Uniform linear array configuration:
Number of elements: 4
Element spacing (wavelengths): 1
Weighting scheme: hamming
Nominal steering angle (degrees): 60
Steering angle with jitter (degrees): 59.174
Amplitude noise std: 0.05
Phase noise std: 0.05

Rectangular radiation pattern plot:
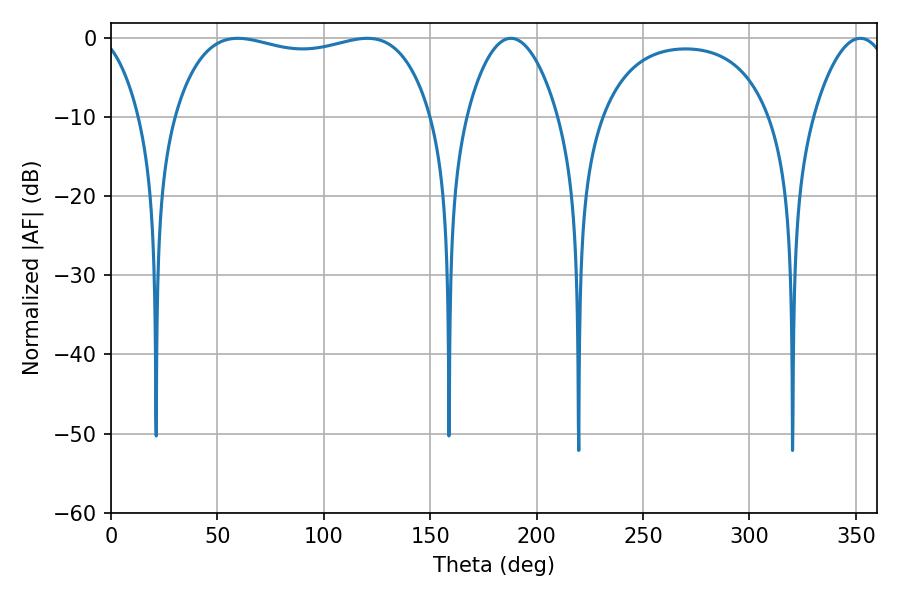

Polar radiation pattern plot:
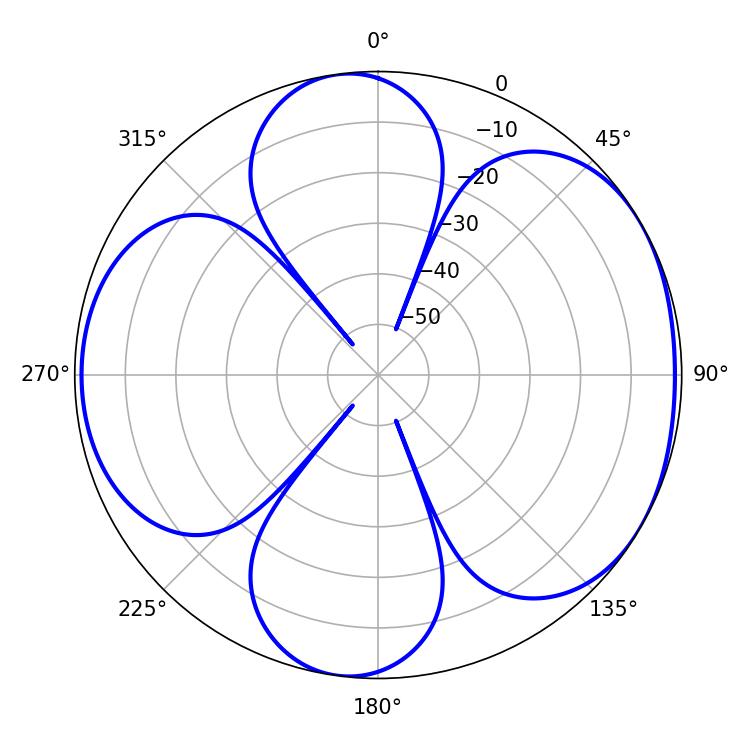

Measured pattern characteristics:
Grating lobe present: TRUE
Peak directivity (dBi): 5.398
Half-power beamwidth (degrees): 23.76
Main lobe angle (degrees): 187.92